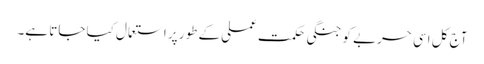
آج کل اسی حربے کو جنگی حکمتِ عملی کے طور پر استعمال کیا جاتا ہے۔